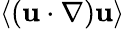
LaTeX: \left\langle({\mathbf u}\cdot\nabla){\mathbf u}\right\rangle